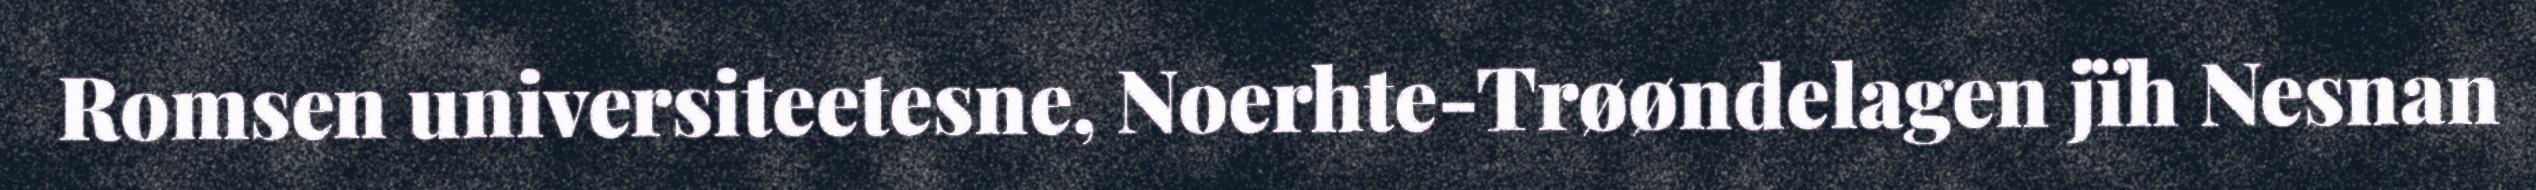
Romsen universiteetesne, Noerhte-Trøøndelagen jïh Nesnan